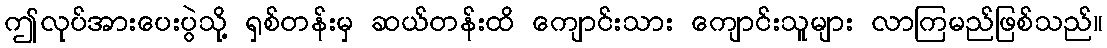
ဤလုပ်အားပေးပွဲသို့ ရှစ်တန်းမှ ဆယ်တန်းထိ ကျောင်းသား ကျောင်းသူများ လာကြမည်ဖြစ်သည်။